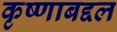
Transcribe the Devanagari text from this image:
कृष्णाबद्दल